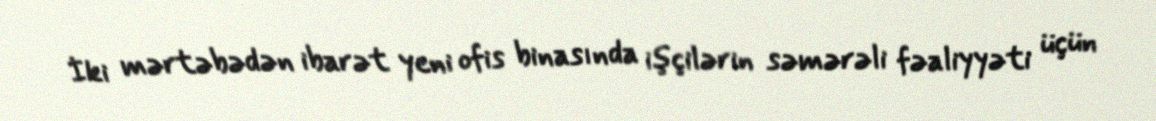
İki mərtəbədən ibarət yeni ofis binasında işçilərin səmərəli fəaliyyəti üçün